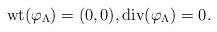
LaTeX: \begin{align*}{\rm wt}(\varphi_{\Lambda})=(0,0),{\rm div}(\varphi_{\Lambda})=0.\end{align*}